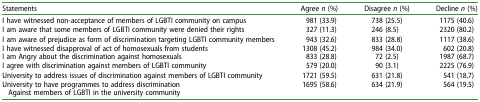
<table><thead><tr><td><b>Statements</b></td><td><b>Agree <i>n</i> (%)</b></td><td><b>Disagree <i>n</i> (%)</b></td><td><b>Decline <i>n</i> (%)</b></td></tr></thead><tbody><tr><td>I have witnessed non-acceptance of members of LGBTI community on campus</td><td>981 (33.9)</td><td>738 (25.5)</td><td>1175 (40.6)</td></tr><tr><td>I am aware that some members of LGBTI community were denied their rights</td><td>327 (11.3)</td><td>246 (8.5)</td><td>2320 (80.2)</td></tr><tr><td>I am aware of prejudice as form of discrimination targeting LGBTI community members</td><td>943 (32.6)</td><td>833 (28.8)</td><td>1117 (38.6)</td></tr><tr><td>I have witnessed disapproval of act of homosexuals from students</td><td>1308 (45.2)</td><td>984 (34.0)</td><td>602 (20.8)</td></tr><tr><td>I am Angry about the discrimination against homosexuals</td><td>833 (28.8)</td><td>72 (2.5)</td><td>1987 (68.7)</td></tr><tr><td>I agree with discrimination against members of LGBTI community</td><td>579 (20.0)</td><td>90 (3.1)</td><td>2225 (76.9)</td></tr><tr><td>University to address issues of discrimination against members of LGBTI community</td><td>1721 (59.5)</td><td>631 (21.8)</td><td>541 (18.7)</td></tr><tr><td>University to have programmes to address discriminationAgainst members of LGBTI in the university community</td><td>1695 (58.6)</td><td>634 (21.9)</td><td>564 (19.5)</td></tr></tbody></table>